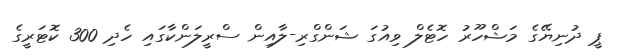
ޕީ ދުނިޔޭގެ މަޝްހޫރު ހޮޓެލް ވިއުގަ ޝަންގްރި-ލާއިން ސްރީލަންކާގައި ހެދި 300 ކޮޓަރީގެ